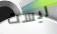
ليست